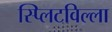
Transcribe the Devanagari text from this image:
स्प्लिटविल्ला